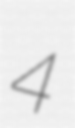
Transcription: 4